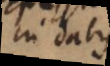
in duabus